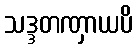
သဒ္ဒတဏှာယပိ